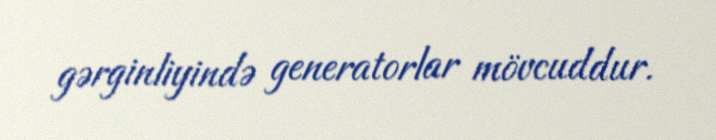
gərginliyində generatorlar mövcuddur.